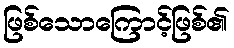
ဖြစ်သောကြောင့်ဖြစ်၏